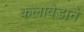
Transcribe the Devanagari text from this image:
कलावेडाने